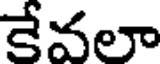
కేవలా